Specificity of antivenomous sera (second communication) - Number 10
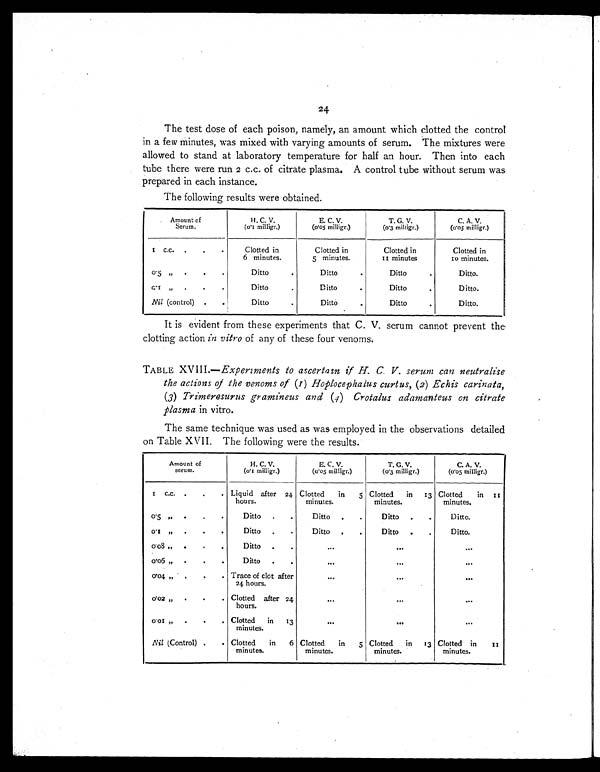
24
The test dose of each poison, namely, an amount which clotted the control
in a few minutes, was mixed with varying amounts of serum. The mixtures were
allowed to stand at laboratory temperature for half an hour. Then into each
tube there were run 2 c.c. of citrate plasma. A control tube without serum was
prepared in each instance.
The following results were obtained.
Amount of
Serum.
H. C. V.
( 0. 1 mi l l i gr . )
E . C . V .
( 0.05 milligr.)
T. G. V.
( 0.3 milligr.)
C . A . V .
( 0.05 milligr.)
1 C.C.
.
.
.
Clotted in
6 minutes.
Clotted in
5 minutes.
Clotted in
11 minutes
Clotted in
10 minutes.
0.5 "
.
.
.
Ditto.
Ditto
.
Ditto
.
D i t t o .
c . 1 "
.
.
.
Ditto.
Ditto
.
Ditto
.
D i t t o .
Nil (control)
.
.
Ditto.
Ditto
.
Ditto
.
D i t t o .
It is evident from these experiments that C. V. serum cannot prevent the.
clotting action in vitro of any of these four venoms.
TABLE XVIII .—Experiments to ascertain if H. C. V. serum can neutralise
the actions of the venoms of (z) Hoplocephalus curtus, (2) Echis carinata,
(3) Trimeresurus giamineus and (4) Crotalus adamanteus on citrate
plasma in vitro.
The same technique was used as was employed in the observations detailed
on Table XVII. The following were the results.
Amount of
s e r u m .
H. C. V.
(0.1 milligr.)
E . C . V.
(0.05 milligr.)
T. G. V.
(0.3 milligr.)
C . A. V.
(0.05 milligr.)
1 c.c.
.
.
. Liquid after 24
hours.
Clotted
in
5
m i n u t e s .
Clotted
in
13
m i n u t e s .
Clotted
in
1 1
m i n u t e s .
0 . 5
,,
.
.
.
Ditto
. .
Ditto
.
.
Ditto
. .
D i t t o .
0 . 1
,,
.
.
.
Ditto
. .
Ditto
. .
Ditto
.
.
D i t t o .
0 . 0 8 "
.
.
.
Ditto
. .
. . .
. . .
. . .
0 . 0 6„
.
.
.
Ditto
. .
. . .
. . .
. . .
0 . 0 4
„ .
.
.
. Trace of clot after
24 hours.
. . .
. . .
. . .
0.02 „
.
.
. Clotted after 24
hours.
. . .
. . .
. . .
0 . 1
„
.
.
. Clotted
in
13
minutes.
. . .
. . .
Nil (Control)
.
. Clotted
in
6
minutes.
Clotted
in
5
m i n u t e s .
Clotted
in
13
m i n u t e s .
Clotted in
11
m i n u t e s .